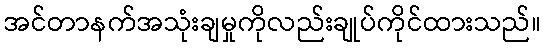
အင်တာနက်အသုံးချမှုကိုလည်းချုပ်ကိုင်ထားသည်။